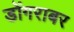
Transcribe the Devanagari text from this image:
डोंगराबर